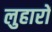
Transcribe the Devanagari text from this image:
लुहारों